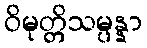
ဝိမုတ္တိသမ္ပန္နာ